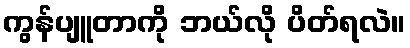
ကွန်ပျူတာကို ဘယ်လို ပိတ်ရလဲ။